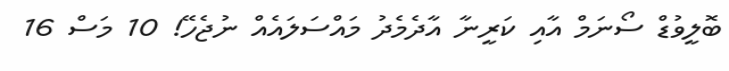
ބޮލީވުޑް ސޯނަމް އާއި ކަރީނާ އާދެމެދު މައްސަލައެއް ނުޖެހޭ! 10 މަސް 16